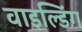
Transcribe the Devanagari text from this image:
वाइल्डिंग